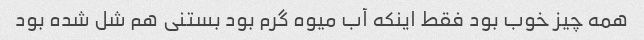
همه چیز خوب بود فقط اینکه آب میوه گرم بود بستنی هم شل شده بود